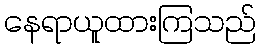
နေရာယူထားကြသည်